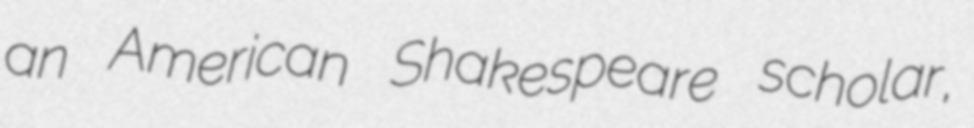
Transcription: an American Shakespeare scholar,